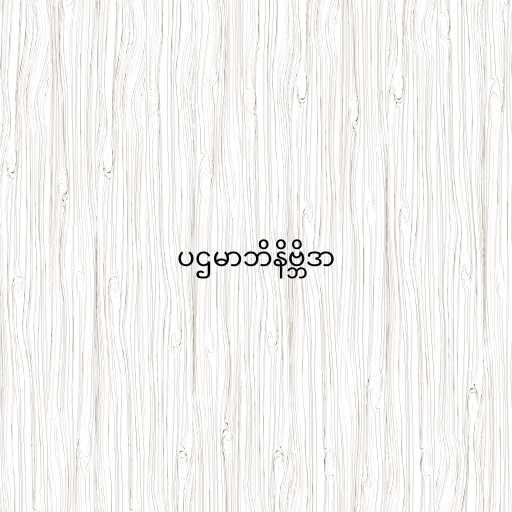
ပဌမာဘိနိဗ္ဘိဒာ